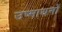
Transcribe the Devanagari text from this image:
उष्मायनों